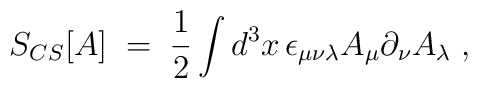
S_{CS}[A]\;=\;\frac{1}{2}\int d^3x \, \epsilon_{\mu\nu\lambda}A_\mu\partial _\nu A_\lambda \;,